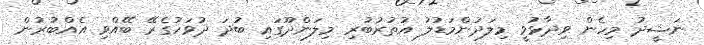
ނަޝީދު މިހެން ވިދާޅުވީ މިލަދުންމަޑުލު އުތުރުބުރި މިލަންދޫގައި ބުދަ ދުވަހުގެރޭ ބޭއްވި އެއްބުރުން